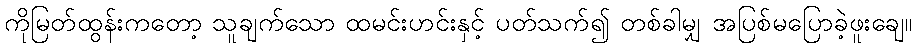
ကိုမြတ်ထွန်းကတော့ သူချက်သော ထမင်းဟင်းနှင့် ပတ်သက်၍ တစ်ခါမျှ အပြစ်မပြောခဲ့ဖူးချေ။